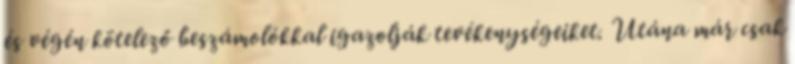
és végén kötelező beszámolókkal igazolják tevékenységeiket. Utána már csak